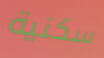
سكنية